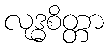
လုဒ္ဓစိတ္တာ